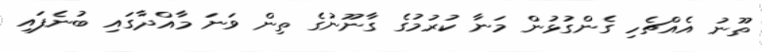
ތޫނު އެއްޗެހި ގެންގުޅުން މަނާ ކުރުމުގެ ގާނޫނުގެ ތިން ވަނަ މާއްދާގައި ބުނެފައި